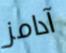
آدامز